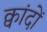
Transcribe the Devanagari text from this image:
क्वांदों